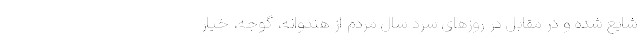
شایع شده و در مقابل در روزهای سرد سال مردم از هندوانه، گوجه، خیار